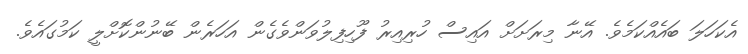
އެކަހަލަ ބައެއްކަމެވެ. އޭނާ މިރަށަށް އައިސް ހުރިއިރު ފޫހިފިލުވަންވެގެން އަހަރެން ބޭނުންކޮށްލީ ކަމުގައެވެ.